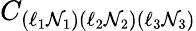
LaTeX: C_{(\ell_{1}\mathcal{N}_{1})(\ell_{2}\mathcal{N}_{2})(\ell_{3}\mathcal{N}_{3})}